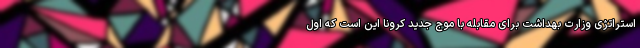
استراتژی وزارت بهداشت برای مقابله با موج جدید کرونا این است که اول